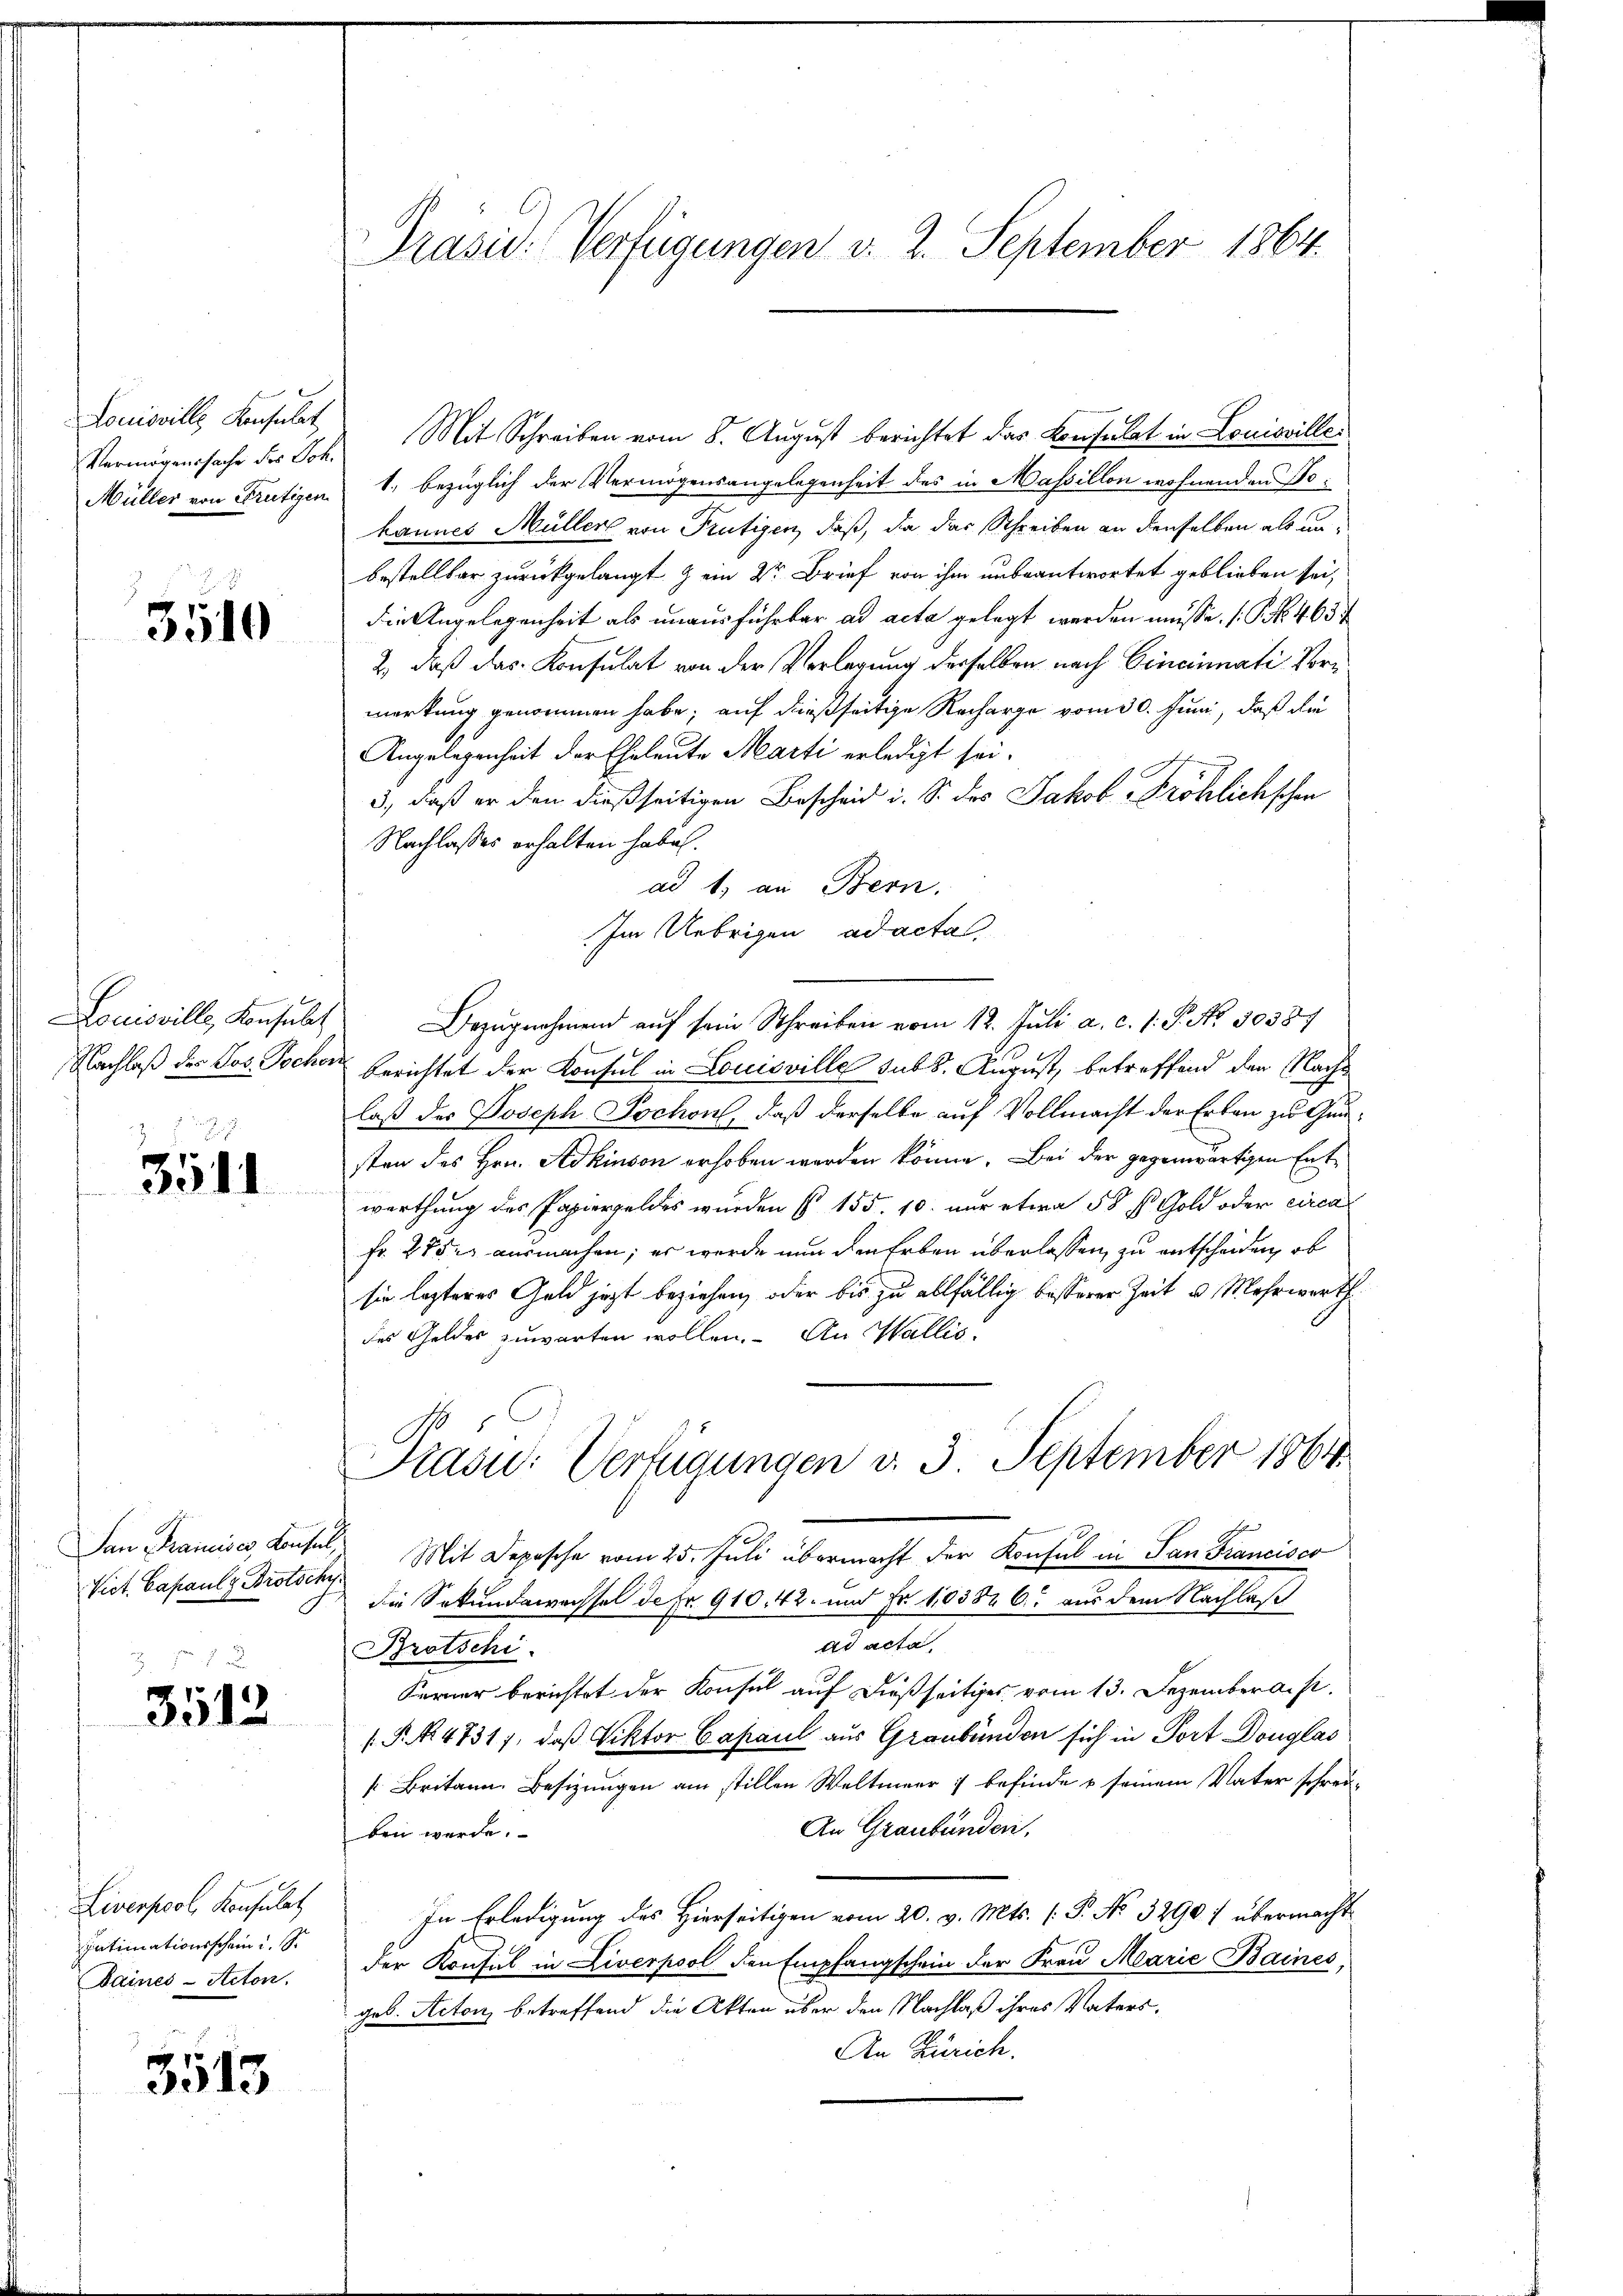
Vermögenssache des Joh.

3510

Nachlaß der Jos. Joche

3541

San Francises, Konsul
3

3512

Liverpool Konsulat
Intimationsschein u. s.
Daines Acton.

3513

Präsid. Verfügungen v. 2. September 1864.

Louisville Konsuls Mit Schreiben vom 8. August berichtet das Consulat in Louisville¬
Müller von Frutigem 1. bezüglich der Vermögensangelegenheit des in Massillon wohnenden Tohannes Müller von Frutigen, daß, da das Schreiben an denselben als unbestellbar zurückgelangt & ein Dr Brief von ihm unbeantwortet geblieben sei,
die Angelegenheit als unausführbar ad acta gelegt werden müsse. (T. 463
2., daß das Konsulat von der Verlegung derselben nach Cincinati Vormerkung genommen habe; auf dießseitige Recharge vom 30. Juni, daß die
Angelegenheit der Eheleute Marti erledigt sei.
3., daß er den dießseitigen Bescheid i. S. des Jakob Pröhlichschen
Nachlasses erhalten habe.
ad 1. an Bern.
Im Uebrigen ad acta,
Louisville, Konsulat Bezugnahmend auf sein Schreiben vom 12. Juli a. c. 1. P. No. 50387
 Berichtet der Konsul in Louisville sub. August, betreffend den Nachlaß des Joseph Jochon, daß derselbe auf Vollmacht der Erbau zu Gunsten des Hrn. Stdkinson erhoben werden könne. Bei der gegenwärtigen Entwerthung des Papierfeldes wurden § 155. 10. nur etwa 58 f Gold oder circa
fr. 28 der ausmachen; er wurde nun den Erben überlassen, zu entscheiden, ob
sie lezteres Geld jetzt beziehen, oder bis zu allfällig besserer Zeit u. Mehrwerth
des Geldes zuwarten wollen. An Wallis.
Kasu: Verfügungen v. 3. September 1864
Vict. Capaulz Brotschy Mit Depesche vom 25. Juli übermacht der Konsul in San Francisco
die Sekundawachsel de pr. 910, 42 und Fr. 110382 6. aus dem Nachlaß
ad acta
Brotschi
Ferner berichtet der Konsul auf dießseitiges vom 13. Dezemberacht
.P. Nr. 4731), daß Viktor Capaul aus Graubünden sich in Port Douglas
[Britann. Besizungen am stillen Weltmeer; befinde u seinem Vater schrei¬
An Graubünden,
ben werde.
In Erledigung des Hierseitigen vom 20. v. Mts. [P. No 32907 übermacht
der Konsul in Liverpool den Empfangschein der Frau Marie Bainés,
geb. Acten betreffend die Akten über den Nachlaß ihres Vaters¬
An Zürich.